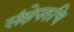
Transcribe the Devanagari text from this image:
संक्षेपरुचि